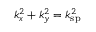
k _ { x } ^ { 2 } + k _ { y } ^ { 2 } = k _ { \mathrm { s p } } ^ { 2 }